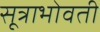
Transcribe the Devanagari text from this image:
सूत्राभोवती